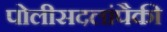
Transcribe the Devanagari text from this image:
पोलीसदलांपैकी